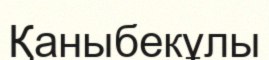
Қаныбекұлы